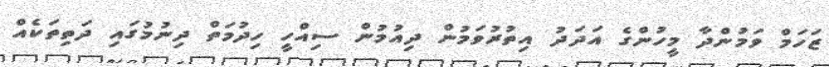
ޒަހަމް ވަމުންދާ މީހުންގެ އަދަދު އިތުރުވަމުން ދިއުމުން ސިއްހީ ހިދުމަތް ދިނުމުގައި ދަތިތަކެއް